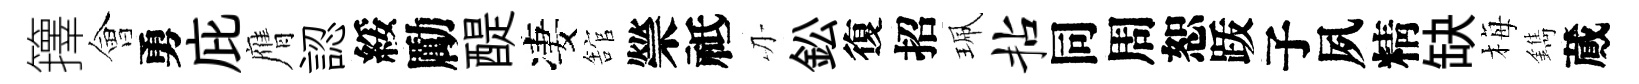
籜會勇庇膺認綏勵醍凄舘禜祗刃鈆復招珮拈同周恕䟦子夙精缺梅鐫蕆